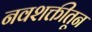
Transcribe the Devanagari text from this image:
नवशक्तीतून